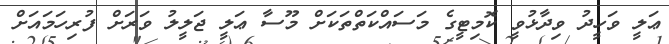
ޢަލީ ވަހީދު ވިދާޅުވީ ކޮމިޓީގެ މަސައްކަތްތަކަށް މޫސާ ޢަލީ ޖަލީލު ވަރަށް ފުރިހަމައަށް